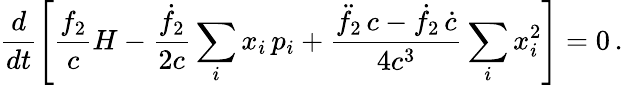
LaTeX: \frac{d}{dt}\left[\frac{f_{2}}{c}H-\frac{\dot{f}_{2}}{2c}\sum_{i}x_{i}\, p_{i}+\frac{\ddot{f}_{2}\, c-\dot{f}_{2}\, \dot{c}}{4c^{3}}\sum_{i}x_{i}^{2}\right]=0\, .